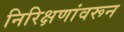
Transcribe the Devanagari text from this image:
निरिक्षणांवरून